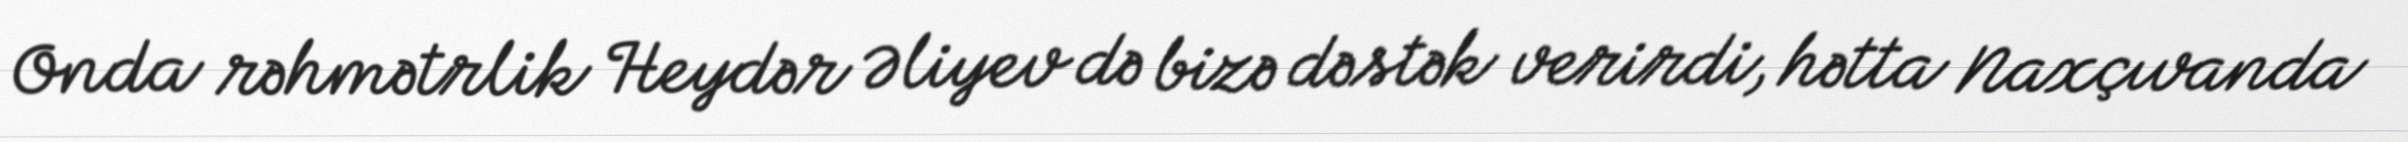
Onda rəhmətrlik Heydər Əliyev də bizə dəstək verirdi, hətta Naxçıvanda